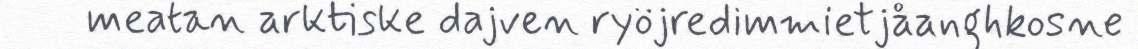
meatan arktiske dajven ryöjredimmietjåanghkosne